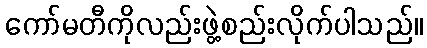
ကော်မတီကိုလည်းဖွဲ့စည်းလိုက်ပါသည်။